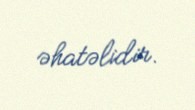
əhatəlidir.